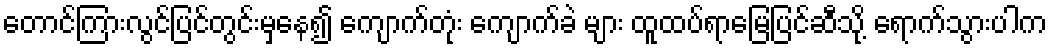
တောင်ကြားလွင်ပြင်တွင်းမှနေ၍ ကျောက်တုံး ကျောက်ခဲ များ ထူထပ်ရာမြေပြင်ဆီသို့ ရောက်သွားပါက